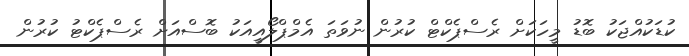
ކުޑަކުއްޖަކު ބޮޑު މީހަކަށް ރެސްޕެކްޓް ކުރުން ނުވަތަ އެމްޕްލޯއީއަކު ބޮސްއަށް ރެސްޕެކްޓު ކުރުން